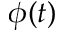
\phi ( t )